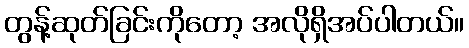
တွန့်ဆုတ်ခြင်းကိုတော့ အလိုရှိအပ်ပါတယ်။